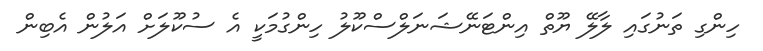
ހިންގި ތަނުގައި ލާލޭ ޔޫތް އިންޓަނޭޝަނަލްސްކޫލު ހިންގުމަކީ އެ ސުކޫލަށް އަލުން އެބިން